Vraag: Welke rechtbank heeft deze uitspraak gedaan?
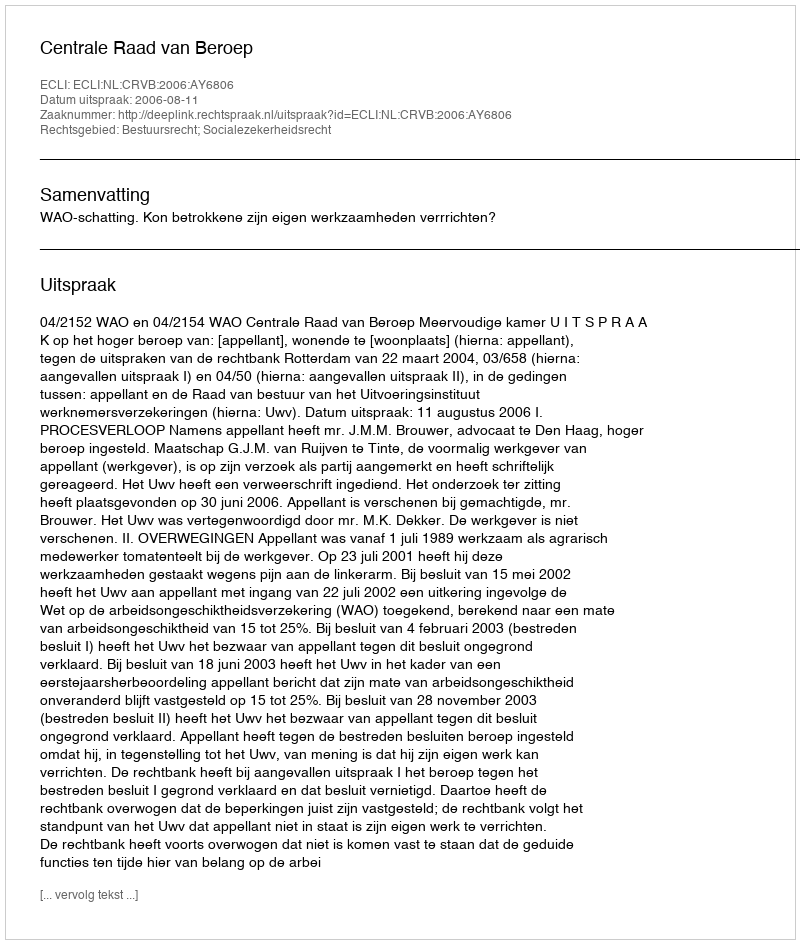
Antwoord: Centrale Raad van Beroep